Vaccination in Bombay 1874-1876 - 1874-1876
Year: 1874
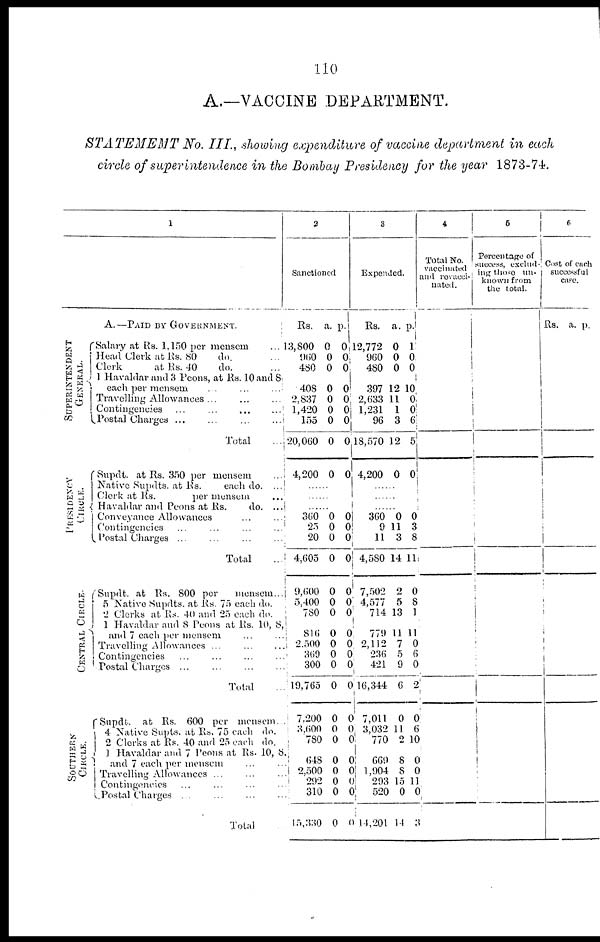
110
A.—VACCINE DEPARTMENT.
STATEMENT No. III., showing expenditure of vaccine department in each
circle of superintendence in the Bombay Presidency for the year 1873-74.
1
A.—PAID BY GOVERNMENT.
SUPERINTENDENT
GENERAL.
Salary at Rs. 1,150 per mensem ...
Head Clerk at Rs. 80
do. ...
Clerk
at Rs. 40
do. ...
1 Havaldar and 3 Peons, at Rs. 10 and 8
each per mensem ... ... ...
Travelling Allowances ... ... ...
Contingencies
...
...
...
...
Postal Charges ... ... ... ...
Total ...
PRESIDENCY
CIRCLE.
CENTRAL CIRCLE.
Supdt. at Rs. 350 per mensem ...
Native Supdts. at Rs.
each do. ...
Clerk at Rs.
per mensem ...
Havaldar and Peons at Rs.
do. ...
Conveyance Allowances ... ...
Contingencies ... ... ...
Postal Charges ... ... ... ...
Total ...
Supdt. at
Rs. 800 per
mensem...
5 Native Supdts. at Rs. 75 each do.
2 Clerks at Rs. 40 and 25 each do.
1 Havaldar and 8 Peons at Rs. 10, 8
and 7 each per mensem
Travelling Allowances ...
...
Contingencies ... ... ... ...
Postal Charges
Total ...
SOUTHERN
CIRCLE.
Supdt.
at Rs. 600 per mensem.
4 Native Supts. at Rs. 75 each do.
2 Clerks at Rs. 40 and 25 each do.
1 Havaldar and 7 Peons at Rs. 10, 8.
and 7 each per mensem ... ...
Travelling Allowances ... ... ...
Contingencies ... ... ... ...
Postal Charges ... ... ... ...
Total
2
Sanctioned
Rs.
13,800
960
480
408
2,837
1,420
155
20,060
4,200
a.
0
0
0
0
0
0
0
0
0
p.
0
0
0
0
0
0
0
0
0
......
......
......
360
25
20
4,605
9,600
5,400
780
816
2,500
360
300
19,765
7,200
3,600
780
648
2,500
292
310
15,330
0
0
0
0
0
0
0
0
0
0
0
0
0
0
0
0
0
0
0
0
0
0
0
0
0
0
0
0
0 0
0
0
0
0
0
0
0
0
0
0
3
Expended.
Rs.
12,772
960
480
397
2,633
1,231
96
18,570
4,200
a.
0
0
0
12
11
1
3
12
0
p.
1
0
0
10
0
0
6
5
0
......
......
......
360
9
11
4,580
7,502
4,577
714
779
2,112
236
421
16,344
7,011
3,032
770
669
1,904
293
520
14,201
0
11
3
14
2
5
13
11
7
5
9
6
0
11
2
8
8
15
0
14
0
3
8
11
0
8
1
11
0
6
0
2
0
6
10
0
0
11
0
3
4
Total No.
vaccinated
and revacci-
nated.
5
Percentage of
success, exclud-
ing those
un-
known from
the total.
6
Cost of each
successful
case.
Rs. a. p.